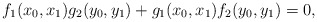
\begin{align*} f_1(x_0,x_1)g_2(y_0,y_1)+g_1(x_0,x_1)f_2(y_0,y_1) = 0,\end{align*}